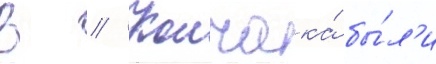
В // Колчака́ бы́л'и